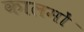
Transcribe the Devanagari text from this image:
कालमों